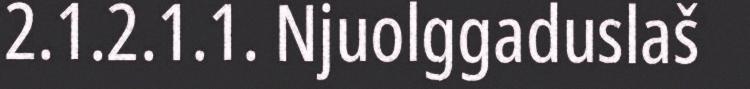
2.1.2.1.1. Njuolggaduslaš